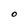
Character: O